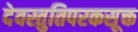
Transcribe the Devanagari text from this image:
देवस्तुतिपरकसूक्त